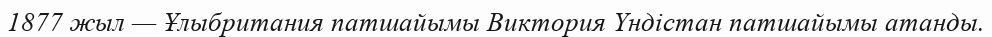
1877 жыл — Ұлыбритания патшайымы Виктория Үндістан патшайымы атанды.